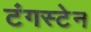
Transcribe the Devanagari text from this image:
टंगस्टेन